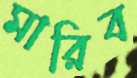
মারিব